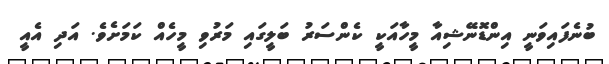
ބުނެފައިވަނީ އިންޑޮނޭޝިއާ މީހާއަކީ ކެންސަރު ބަލީގައި މަރުވި މީހެއް ކަމަށެވެ. އަދި އެއީ